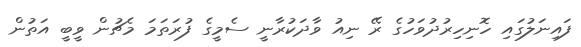
ފައިނަލުގައި ހޮނިހިރުދުވަހުގެ ރޭ ނިއު ވާދަކުރާނީ ސެމީގެ ފުރަތަމަ މެޗުން ވީބީ އަތުން